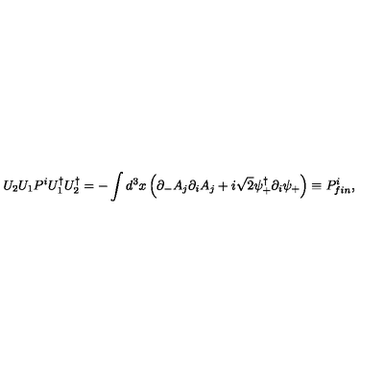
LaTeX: U _ { 2 } U _ { 1 } P ^ { i } U _ { 1 } ^ { \dagger } U _ { 2 } ^ { \dagger } = - \int d ^ { 3 } x \left( \partial _ { - } A _ { j } \partial _ { i } A _ { j } + i \sqrt { 2 } \psi _ { + } ^ { \dagger } \partial _ { i } \psi _ { + } \right) \equiv P _ { { f i n } } ^ { i } ,